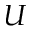
U